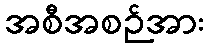
အစီအစဉ်အား